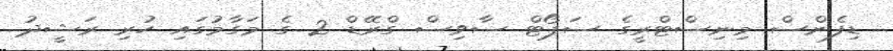
ޑިފެންސް މިނިސްޓްރީގެ ސަޕޯޓް ސާވިސް ގްރޭޑް 2 ގެ މަގާމުގައި ހުރި ރަޝީދު